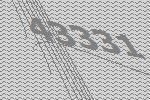
43331